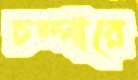
চম্পারে